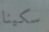
سكينا